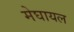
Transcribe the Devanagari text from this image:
मेघायल